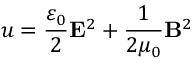
u = { \frac { \varepsilon _ { 0 } } { 2 } } \mathbf { E } ^ { 2 } + { \frac { 1 } { 2 \mu _ { 0 } } } \mathbf { B } ^ { 2 }